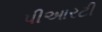
પીઆરટી